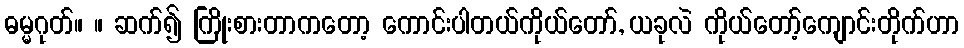
ဓမ္မဂုတ်။ ။ ဆက်၍ ကြိုးစားတာကတော့ ကောင်းပါတယ်ကိုယ်တော်, ယခုလဲ ကိုယ်တော့်ကျောင်းတိုက်ဟာ